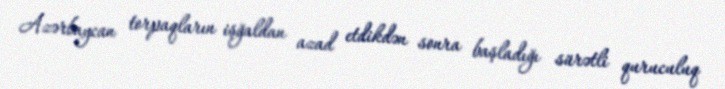
Azərbaycan torpaqların işğaldan azad etdikdən sonra başladığı sürətli quruculuq